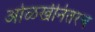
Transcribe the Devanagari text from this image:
ओळखीनंतरच